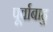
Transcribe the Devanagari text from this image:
पूर्वाबाहु